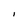
Character: I